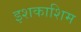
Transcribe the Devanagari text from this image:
इशकाशिम